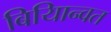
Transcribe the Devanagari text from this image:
बियािन्वत